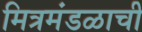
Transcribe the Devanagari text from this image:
मित्रमंडळाची